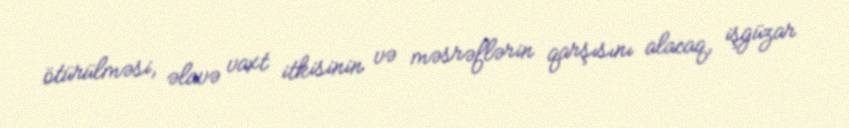
ötürülməsi, əlavə vaxt itkisinin və məsrəflərin qarşısını alacaq, işgüzar